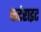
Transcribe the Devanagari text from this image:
कर्टराइट